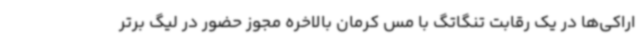
اراکی‌ها در یک رقابت تنگاتگ با مس کرمان بالاخره مجوز حضور در لیگ برتر